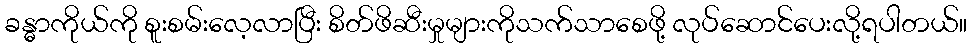
ခန္ဓာကိုယ်ကို စူးစမ်းလေ့လာပြီး စိတ်ဖိဆီးမှုများကိုသက်သာစေဖို့ လုပ်ဆောင်ပေးလို့ရပါတယ်။